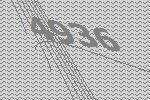
4936